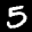
Label: 5